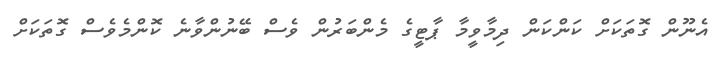
އެނޫން ގޮތަކަށް ކަންކަން ދިމާވީމާ ޕާޓީގެ މެންބަރުން ވެސް ބޭނުންވާނެ ކޮންމެވެސް ގޮތަކަށް